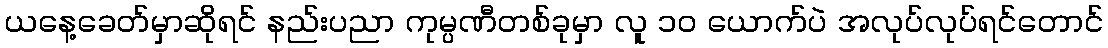
ယနေ့ခေတ်မှာဆိုရင် နည်းပညာ ကုမ္ပဏီတစ်ခုမှာ လူ ၁၀ ယောက်ပဲ အလုပ်လုပ်ရင်တောင်